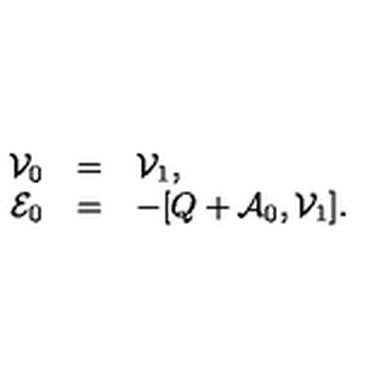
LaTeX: \begin{array} { r c l } { { \cal { V } } _ { 0 } } & { = } & { { \cal { V } } _ { 1 } , } \\ { { \cal { E } } _ { 0 } } & { = } & { - [ Q + { \cal { A } } _ { 0 } , { \cal { V } } _ { 1 } ] . } \\ \end{array}